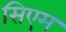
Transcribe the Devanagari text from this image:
सिएम